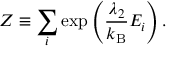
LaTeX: Z \equiv \sum _ { i } \exp \left( { \frac { \lambda _ { 2 } } { k _ { \mathrm { B } } } } E _ { i } \right) .